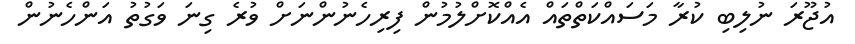
އުޖޫރަ ނުލިބި ކުރާ މަސައްކަތްތައް އެއްކޮށްލުމުން ފިރިހެނުންނަށް ވުރެ ގިނަ ވަގުތު އަންހެނުން